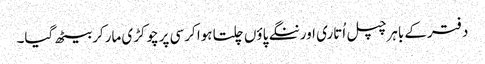
دفترکے باہرچپل اُتاری اورننگے پاؤں چلتا ہوا کرسی پرچوکڑی مارکربیٹھ گیا۔